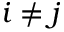
i \neq j